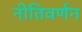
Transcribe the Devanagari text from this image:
नीतिवर्णन